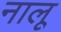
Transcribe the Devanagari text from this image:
नालू